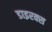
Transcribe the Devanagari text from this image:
डाइरक्स